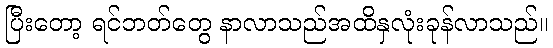
ပြီးတော့ ရင်ဘတ်တွေ နာလာသည်အထိနှလုံးခုန်လာသည်။